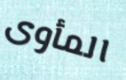
المأوى